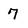
Character: 7